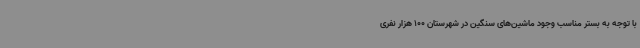
با توجه به بستر مناسب وجود ماشین‌های سنگین در شهرستان 100 هزار نفری